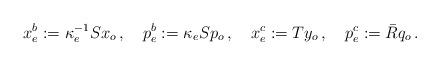
LaTeX: \begin{align*}x_{e}^{b}:=\kappa _{e}^{-1}Sx_{o}\,,\quad p_{e}^{b}:=\kappa_{e}Sp_{o}\,,\quad x_{e}^{c}:=Ty_{o}\,,\quad p_{e}^{c}:=\bar{R}q_{o}\,.\end{align*}